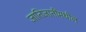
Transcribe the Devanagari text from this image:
जातिजातींमधील